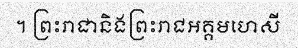
។ ព្រះរាជានិងព្រះរាជអគ្គមហេសី